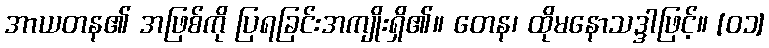
အာယတန၏ အဖြစ်ကို ပြရခြင်းအကျိုးရှိ၏။ တေန၊ ထိုမနောသဒ္ဒါဖြင့်။ [၀၁]